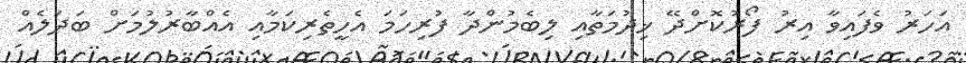
އަހަރު ވެފައިވާ އިރު ފޯރުކޮށްދޭ ޚިދުމަތާއި ލިބެމުންދާ ފުރިހަމަ އެހީތެރިކަމާއި އެއްބާރުލުމަށް ބަދަލެއް